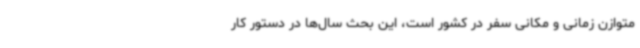
متوازن زمانی و مکانی سفر در کشور است، این بحث سال‌ها در دستور کار